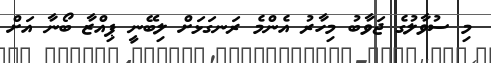
މި ސުވާލުގެ ޖަވާބު މިހާރު އެންމެ ރަނގަޅަށް ލިބޭނީ ޕިއްޒާ ބޯނާ އަށް